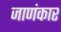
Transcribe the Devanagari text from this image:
जाणंकार